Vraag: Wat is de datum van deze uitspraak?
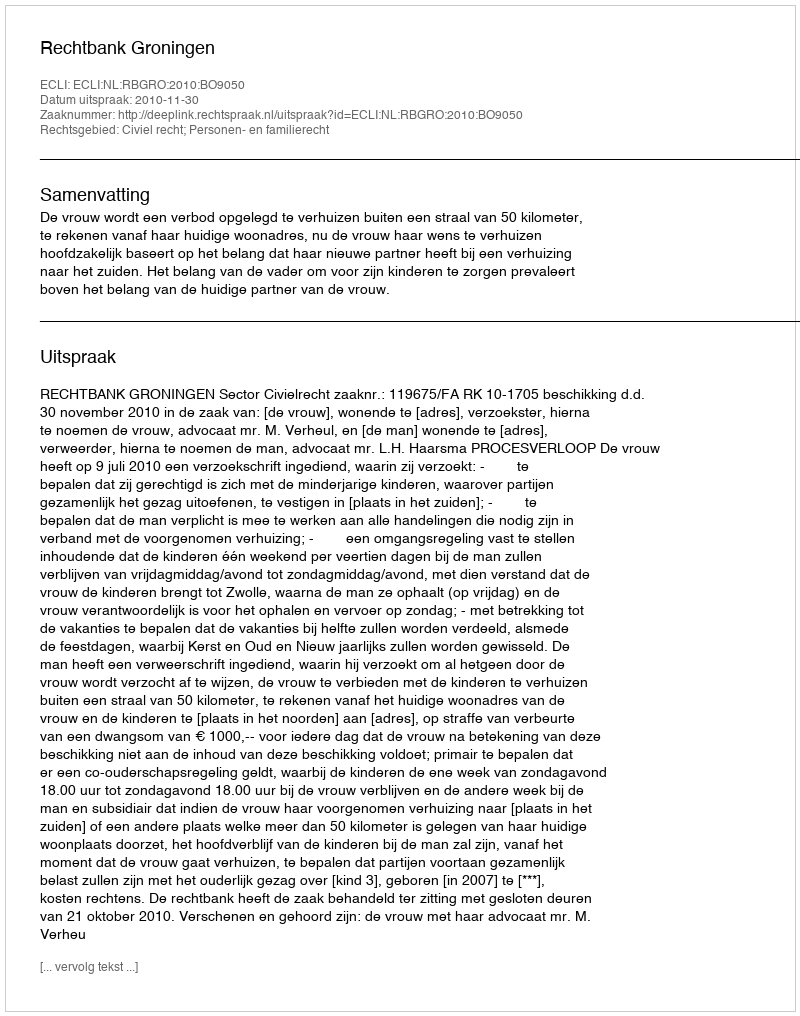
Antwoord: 2010-11-30